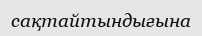
сақтайтындығына